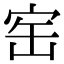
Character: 𡧰